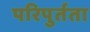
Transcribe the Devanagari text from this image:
परिपुर्तता